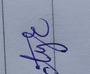
Signature authenticity: genuine